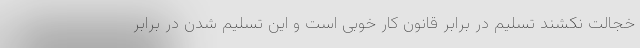
خجالت نکشند تسلیم در برابر قانون کار خوبی است و این تسلیم شدن در برابر